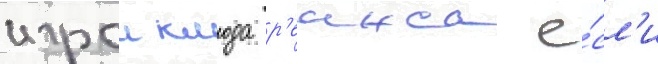
игрои клода р'еинса е́сл'и